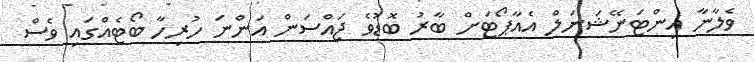
ވެލާނާ އިންޓަނޭޝަނަލް އެއާޕޯޓަށް ބާރު ބޮޑުވެ ޖައްސަން އަންނަ ހުރިހާ ބޯޓެއްގައި ވެސް